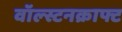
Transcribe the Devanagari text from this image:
वॉल्स्टनक्राफ्ट